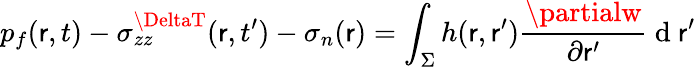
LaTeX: p_{f}(\mathsf{r},t)-\sigma_{zz}^{\DeltaT}(\mathsf{r},t^{\prime})-\sigma_{n}(\mathsf{r})=\int_{\Sigma}h(\mathsf{r},\mathsf{r}^{\prime})\frac{{\partialw}}{{\partial\mathsf{r}^{\prime}}}\mathrm{{~d~}}\mathsf{r}^{\prime}